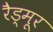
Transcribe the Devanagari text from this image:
रैड्मूर